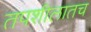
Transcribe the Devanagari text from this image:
तपशीलातच